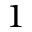
1